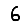
Digit: 6